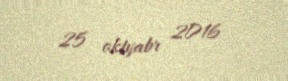
25 oktyabr 2016